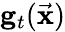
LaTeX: {\mathbf g}_{t}(\vec{\mathbf x})